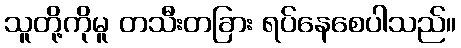
သူတို့ကိုမူ တသီးတခြား ရပ်နေစေပါသည်။